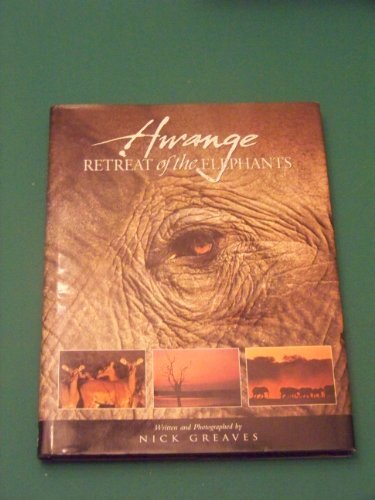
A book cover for Hwange: Retreat of the Elephants; Nick Greaves; Travel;